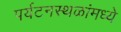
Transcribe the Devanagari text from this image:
पर्यटनस्थळांमध्ये